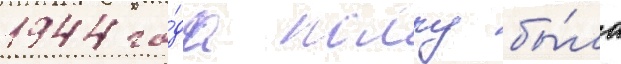
1944 го́да полку бы́ло